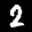
Label: 2